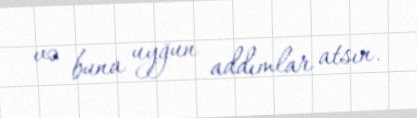
və buna uyğun addımlar atsın.